Notes on vaccination in the North-West Frontier Province 1923-1928 - 1923-1928
Year: 1923
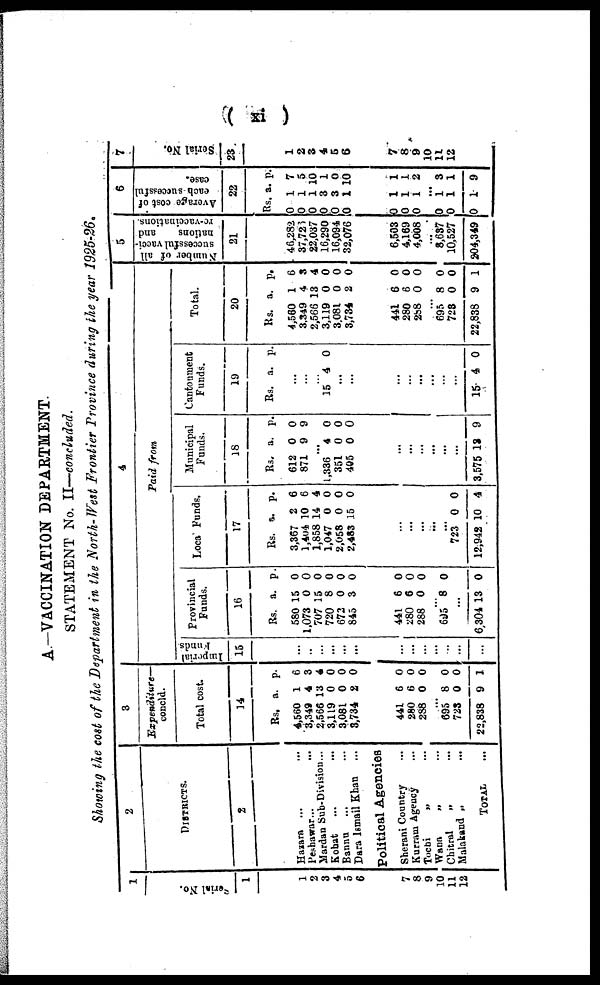
( xi )
A. —VACCINATION DEPARTMENT.
STATEMENT No. II—concluded.
Showing the cost of the Department in the North-West Frontier Province during the year 1925-26.
1
Serial No.
1
1
2
3
4
5
6
7
8
9
10
11
12
2
DISTRICTS.
2
Hazara ... ...
Peshawar ... ...
Mardan Sub-Division ...
Kohat ... ...
Bannu ... ...
Dera Ismail Khan ...
Political Agencies
Sherani Country ...
Kurram Agency ...
Tochi „ ...
Wana „ ...
Chitral „ ...
Malakand „ ...
TOTAL ...
3
Expenditure—
concld.
Total cost.
14
Rs.
4,560
3,349
2,566
3,119
3,081
3,734
a.
1
4
13
0
0
2
p.
6
3
4
0
0
0
441
280
288
6
6
0
0
0
0
...
695
723
22,838
8
0
9
0
0
1
4
Paid from
Imperial
Funds
15
...
...
...
...
...
...
...
...
...
...
...
...
...
provincial
Funds.
16
Rs.
580
1,073
707
720
672
845
a.
15
0
15
8
0
3
p.
0
0
0
0
0
0
441
280
288
6
6
0
0
0
0
...
695 8 0
...
6,304 13 0
Local Funds.
17
Rs.
3,367
1,404
1,858
1,047
2,058
2,483
a.
2
10
14
0
0
15
p.
6
6
4
0
0
0
...
...
...
...
...
723
12,942
0
10
0
4
Municipal
Funds.
18
Rs.
612
871
a.
0
9
p.
0
9
...
1,336
351
405
4
0
0
0
0
0
...
...
...
...
...
...
3,575 13 9
Cantonment
Funds.
19
Rs. a. p.
...
...
...
15 4 0
...
...
...
...
...
...
...
...
15 4 0
Total.
20
Rs.
4,560
3,349
2,566
3,119
3,081
3,734
a.
1
4
13
0
0
2
p.
6
3
4
0
0
0
441
280
288
6
6
0
0
0
0
...
695
723
22,838
8
0
9
0
0
1
5
N
umber of all
successful vacci-
nations
and
re-vaccinations.
21
46,282
37,726
22,037
16,290
16,094
32,076
6,503
4,169
4,008
...
8,637
10,527
204,349
6
Average cost of
each successful
case.
22
Rs.
0
0
0
0
0
0
a.
1
1
1
3
3
1
p.
7
5
10
1
0
10
0
0
0
1
1
1
1
1
2
...
0
0
0
1
1
1
3
1
9
7
Serial No.
23
1
2
3
4
5
6
7
8
9
10
11
12